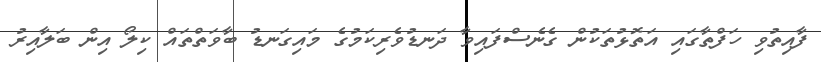
ފާއިތުވި ހަފްތާގައި އަތޮޅުތަކުން ގެނެސްފައިވާ ދަނޑުވެރިކަމުގެ މައިގަނޑު ބާވަތްތައް ކިލޯ އިން ބަލާއިރު